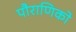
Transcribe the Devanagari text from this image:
पौराणिको